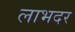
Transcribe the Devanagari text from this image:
लाभदर